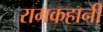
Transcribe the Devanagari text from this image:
रामकहानी